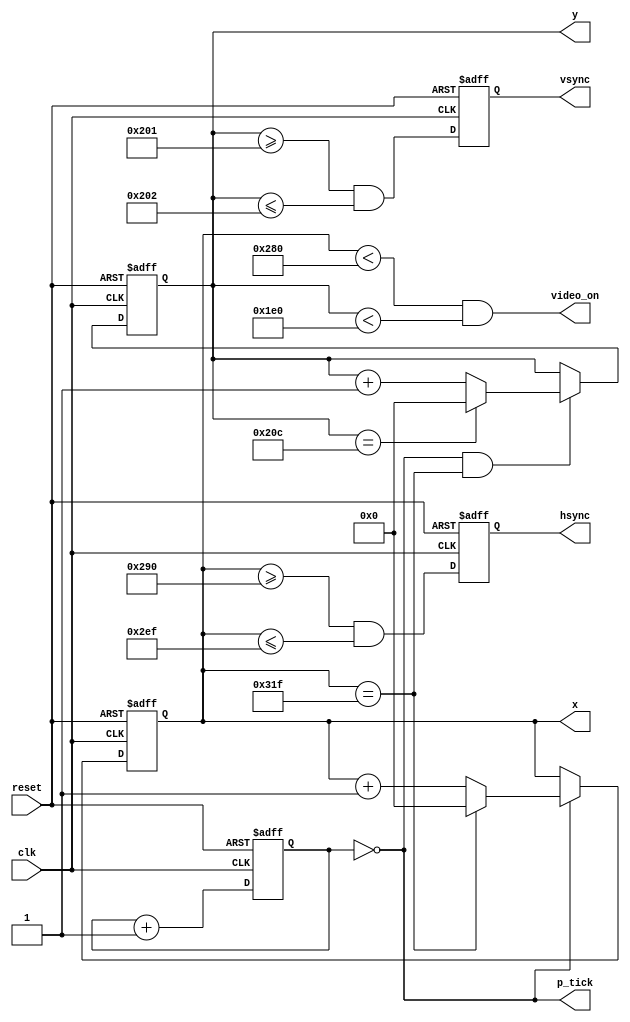
`timescale 1ns / 1ps
//////////////////////////////////////////////////////////////////////////////////
// Company: Bee's Group
//
// Design Name: Bee's Group
// Module Name: vga
// Project Name: Bee's Group
// Target Devices: Bee's Group
// Tool Versions: Bee's Group
// Description: Bee's Group
//
// Dependencies: Bee's Group
//
// Revision: Bee's Group
// Revision 0.01 - File Created
// Additional Comments: Bee's Group
//
//////////////////////////////////////////////////////////////////////////////////
module vga_sync
	(
		input wire clk, reset,
		output wire hsync, vsync, video_on, p_tick,
		output wire [9:0] x, y
	);

	// constant declarations for VGA sync parameters
	localparam H_DISPLAY       = 640; // horizontal display area
	localparam H_L_BORDER      =  48; // horizontal left border
	localparam H_R_BORDER      =  16; // horizontal right border
	localparam H_RETRACE       =  96; // horizontal retrace
	localparam H_MAX           = H_DISPLAY + H_L_BORDER + H_R_BORDER + H_RETRACE - 1;
	localparam START_H_RETRACE = H_DISPLAY + H_R_BORDER;
	localparam END_H_RETRACE   = H_DISPLAY + H_R_BORDER + H_RETRACE - 1;

	localparam V_DISPLAY       = 480; // vertical display area
	localparam V_T_BORDER      =  10; // vertical top border
	localparam V_B_BORDER      =  33; // vertical bottom border
	localparam V_RETRACE       =   2; // vertical retrace
	localparam V_MAX           = V_DISPLAY + V_T_BORDER + V_B_BORDER + V_RETRACE - 1;
        localparam START_V_RETRACE = V_DISPLAY + V_B_BORDER;
	localparam END_V_RETRACE   = V_DISPLAY + V_B_BORDER + V_RETRACE - 1;

	// mod-4 counter to generate 25 MHz pixel tick
	reg [1:0] pixel_reg;
	wire [1:0] pixel_next;
	wire pixel_tick;

	always @(posedge clk, posedge reset)
		if(reset)
		  pixel_reg <= 0;
		else
		  pixel_reg <= pixel_next;

	assign pixel_next = pixel_reg + 1; // increment pixel_reg

	assign pixel_tick = (pixel_reg == 0); // assert tick 1/4 of the time

	// registers to keep track of current pixel location
	reg [9:0] h_count_reg, h_count_next, v_count_reg, v_count_next;

	// register to keep track of vsync and hsync signal states
	reg vsync_reg, hsync_reg;
	wire vsync_next, hsync_next;

	// infer registers
	always @(posedge clk, posedge reset)
		if(reset)
		    begin
                    v_count_reg <= 0;
                    h_count_reg <= 0;
                    vsync_reg   <= 0;
                    hsync_reg   <= 0;
		    end
		else
		    begin
                    v_count_reg <= v_count_next;
                    h_count_reg <= h_count_next;
                    vsync_reg   <= vsync_next;
                    hsync_reg   <= hsync_next;
		    end

	// next-state logic of horizontal vertical sync counters
	always @*
		begin
		h_count_next = pixel_tick ?
		               h_count_reg == H_MAX ? 0 : h_count_reg + 1
			       : h_count_reg;

		v_count_next = pixel_tick && h_count_reg == H_MAX ?
		               (v_count_reg == V_MAX ? 0 : v_count_reg + 1)
			       : v_count_reg;
		end

        // hsync and vsync are active low signals
        // hsync signal asserted during horizontal retrace
        assign hsync_next = h_count_reg >= START_H_RETRACE
                            && h_count_reg <= END_H_RETRACE;

        // vsync signal asserted during vertical retrace
        assign vsync_next = v_count_reg >= START_V_RETRACE
                            && v_count_reg <= END_V_RETRACE;

        // video only on when pixels are in both horizontal and vertical display region
        assign video_on = (h_count_reg < H_DISPLAY)
                          && (v_count_reg < V_DISPLAY);

        // output signals
        assign hsync  = hsync_reg;
        assign vsync  = vsync_reg;
        assign x      = h_count_reg;
        assign y      = v_count_reg;
        assign p_tick = pixel_tick;
endmodule

module vga_test
	(
		input wire clk,
		input wire [11:0] sw,
		input wire [1:0] push,
		output wire hsync, vsync,
		output wire [11:0] rgb,
		input wire[7:0] char,
		output reg[15:0] led
	);

	parameter WIDTH = 640;
	parameter HEIGHT = 480;

	//health
	reg [1:0] hero = 3;
	reg [1:0] mon1 = 3;
	reg [1:0] mon2 = 3;

	//state controller
	reg [2:0] state = 0;

	// register for Basys 2 8-bit RGB DAC
	reg [11:0] rgb_reg;
	reg reset = 0;
	wire [9:0] x, y;

	// video status output from vga_sync to tell when to route out rgb signal to DAC
	wire video_on;
    wire p_tick;
	// instantiate vga_sync
	vga_sync vga_sync_unit (.clk(clk), .reset(reset), .hsync(hsync), .vsync(vsync), .video_on(video_on), .p_tick(p_tick), .x(x), .y(y));

	// rgb circle
	reg[9:0] h, k;
	reg[18:0] d_sq;
	reg [11:0] sel_color;
    initial begin
        h = 320;
        k = 240;
    end

    always @(posedge clk) begin
			//start_bee

			//end_bee


			//start_taan

			//end_taan


			//start_tee

			//end_tee


			//start_pud

			//end_pud


			//start_ou

			//end_ou

//        if( ( (x-h)*(x-h) + (y-k)*(y-k) ) <= 10000) begin
//            rgb_reg = sel_color;
//        end
//        else begin
//            rgb_reg = 12'b000000000000;
//        end
    end

	always @(posedge clk) begin
	    case(char)
	       8'h00: led[8] = 1;
	       8'h20: begin led[0] = 1; sel_color = 12'b111111111111; end //SPACE
	       8'h6d: begin led[1] = 1; sel_color = 12'b111100001111; end //m
	       8'h63: begin led[2] = 1; sel_color = 12'b000011111111; end //c
	       8'h79: begin led[3] = 1; sel_color = 12'b111111110000; end //y
	       8'h77: begin led[4] = 1; k = k - 1; end//w
	       8'h73: begin led[5] = 1; k = k + 1; end //s
	       8'h64: begin led[6] = 1; h = h + 1; end //d
	       8'h61: begin led[7] = 1; h = h - 1; end //a
	       default: led = 0;
	    endcase
	end

//	output
	assign rgb = (video_on) ? rgb_reg : 12'b0;
endmodule